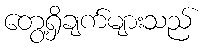
တွေ့ရှိချက်များသည်